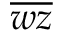
\overline { { w z } }